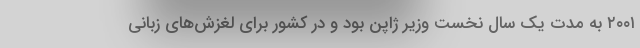
۲۰۰۱ به مدت یک سال نخست وزیر ژاپن بود و در کشور برای لغزش‌های زبانی